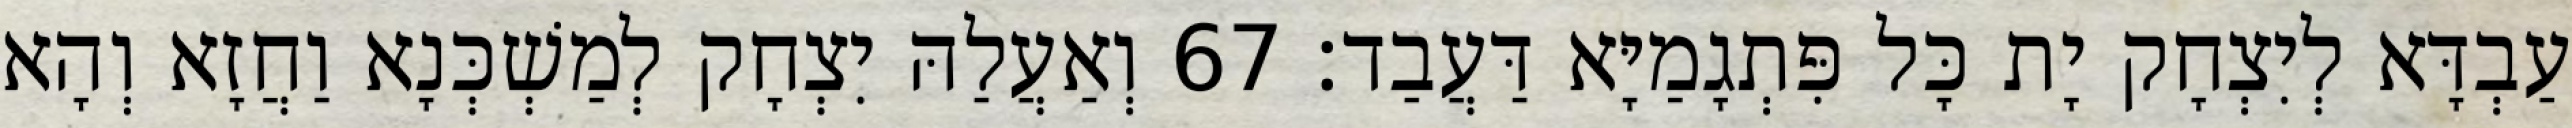
עַבְדָּא לְיִצְחָק יָת כָּל פִּתְגָמַיָּא דַּעֲבַד׃ 67 וְאַעֲלַהּ יִצְחָק לְמַשְׁכְּנָא וַחֲזָא וְהָא